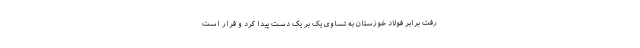
رفت برابر فولاد خوزستان به تساوی یک بر یک دست پیدا کرد و قرار است